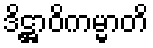
ဒိဋ္ဌာဝိကမ္မာတိ